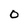
Character: 0